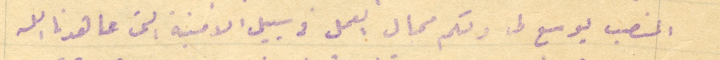
المنصب يوسع لى ولكم مجال العمل وسبيل الامنية التي عاهدنا الله